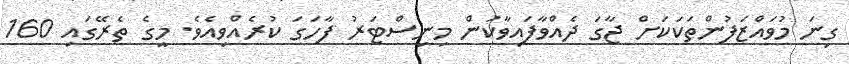
ގިނަ މުވައްޒަފުންތަކަކަށް ޖާގަ ދެއްވާފައިވާކަން މިނިސްޓަރު ފާހަގަ ކުރެއްވިއެވެ. މީގެ ތެރޭގައި 160